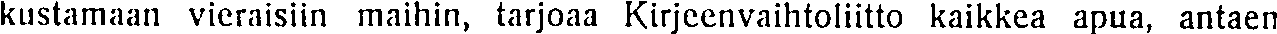
kustamaan vieraisiin maihin, tarjoaa Kirjeenvaihtoliitto kaikkea apua, antaen